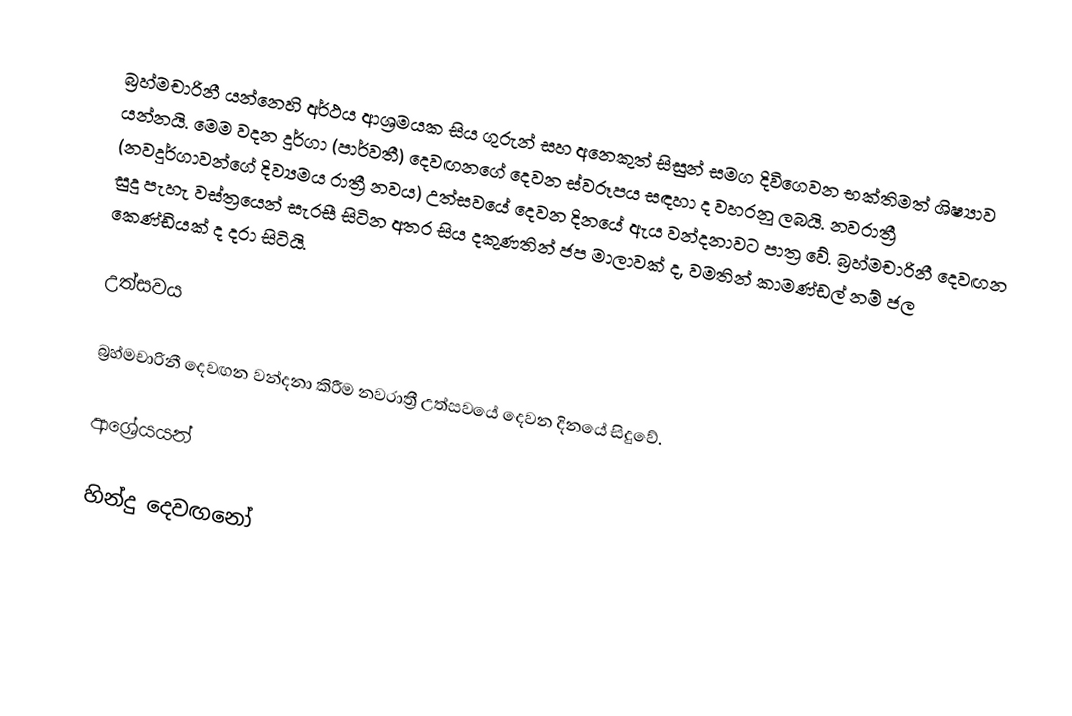
බ්‍රහ්මචාරිනී යන්නෙහි අර්ථය ආශ්‍රමයක සිය ගුරුන් සහ අනෙකුත් සිසුන් සමග දිවිගෙවන භක්තිමත් ශිෂ්‍යාව යන්නයි. මෙම වදන දුර්ගා (පාර්වතී) දෙවඟනගේ දෙවන ස්වරූපය සඳහා ද වහරනු ලබයි. නවරාත්‍රී (නවදුර්ගාවන්ගේ දිව්‍යමය රාත්‍රී නවය) උත්සවයේ දෙවන දිනයේ ඇය වන්දනාවට පාත්‍ර වේ. බ්‍රහ්මචාරිනී දෙවඟන සුදු පැහැ වස්ත්‍රයෙන් සැරසී සිටින අතර සිය දකුණතින් ජප මාලාවක් ද, වමතින් කාමණ්ඩල් නම් ජල කෙණ්ඩියක් ද දරා සිටියි.

උත්සවය

බ්‍රහ්මචාරිනී දෙවඟන වන්දනා කිරීම නවරාත්‍රී උත්සවයේ දෙවන දිනයේ සිදුවේ.

ආශ්‍රේයයන්

හින්දු දෙවඟනෝ